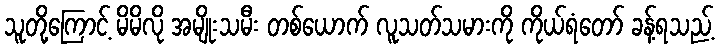
သူတို့ကြောင့် မိမိလို အမျိုးသမီး တစ်ယောက် လူသတ်သမားကို ကိုယ်ရံတော် ခန့်ရသည့်